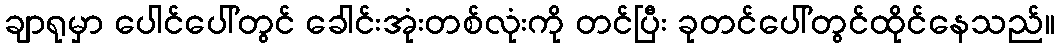
ချာရုမှာ ပေါင်ပေါ်တွင် ခေါင်းအုံးတစ်လုံးကို တင်ပြီး ခုတင်ပေါ်တွင်ထိုင်နေသည်။